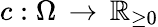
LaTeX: c:\Omega\, \rightarrow\, \mathbb{R}_{\geq 0}